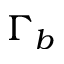
\Gamma _ { b }